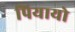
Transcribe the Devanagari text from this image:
पियायो